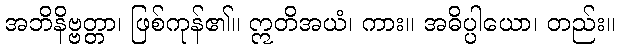
အဘိနိဗ္ဗတ္တာ၊ ဖြစ်ကုန်၏။ ဣတိအယံ၊ ကား။ အဓိပ္ပါယော၊ တည်း။